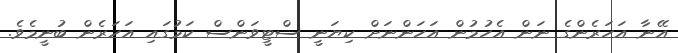
އޭނާ އަހަރެންގެ ނަން އެހުމުން އަހަންނަށް ކިޔަނީ ސްޓީވަންސް ކަމުގައި އަހަރެން ބުނީމެވެ.